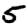
Digit: 5